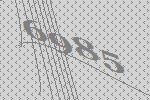
6985